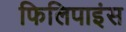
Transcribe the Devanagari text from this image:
फिलिपाइंस